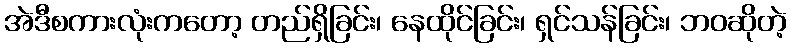
အဲဒီစကားလုံးကတော့ တည်ရှိခြင်း၊ နေထိုင်ခြင်း၊ ရှင်သန်ခြင်း၊ ဘဝဆိုတဲ့